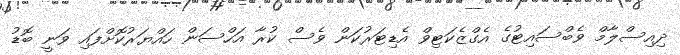
ދިއިސްލާމް ވެބްސައިޓުގެ އެގްޒެކަޓިވް އެޑިޓަރުކަން ވެސް ކުރާ އަހްސަން ހައްޔަރުކޮށްފައި ވަނީ ބޮޑު